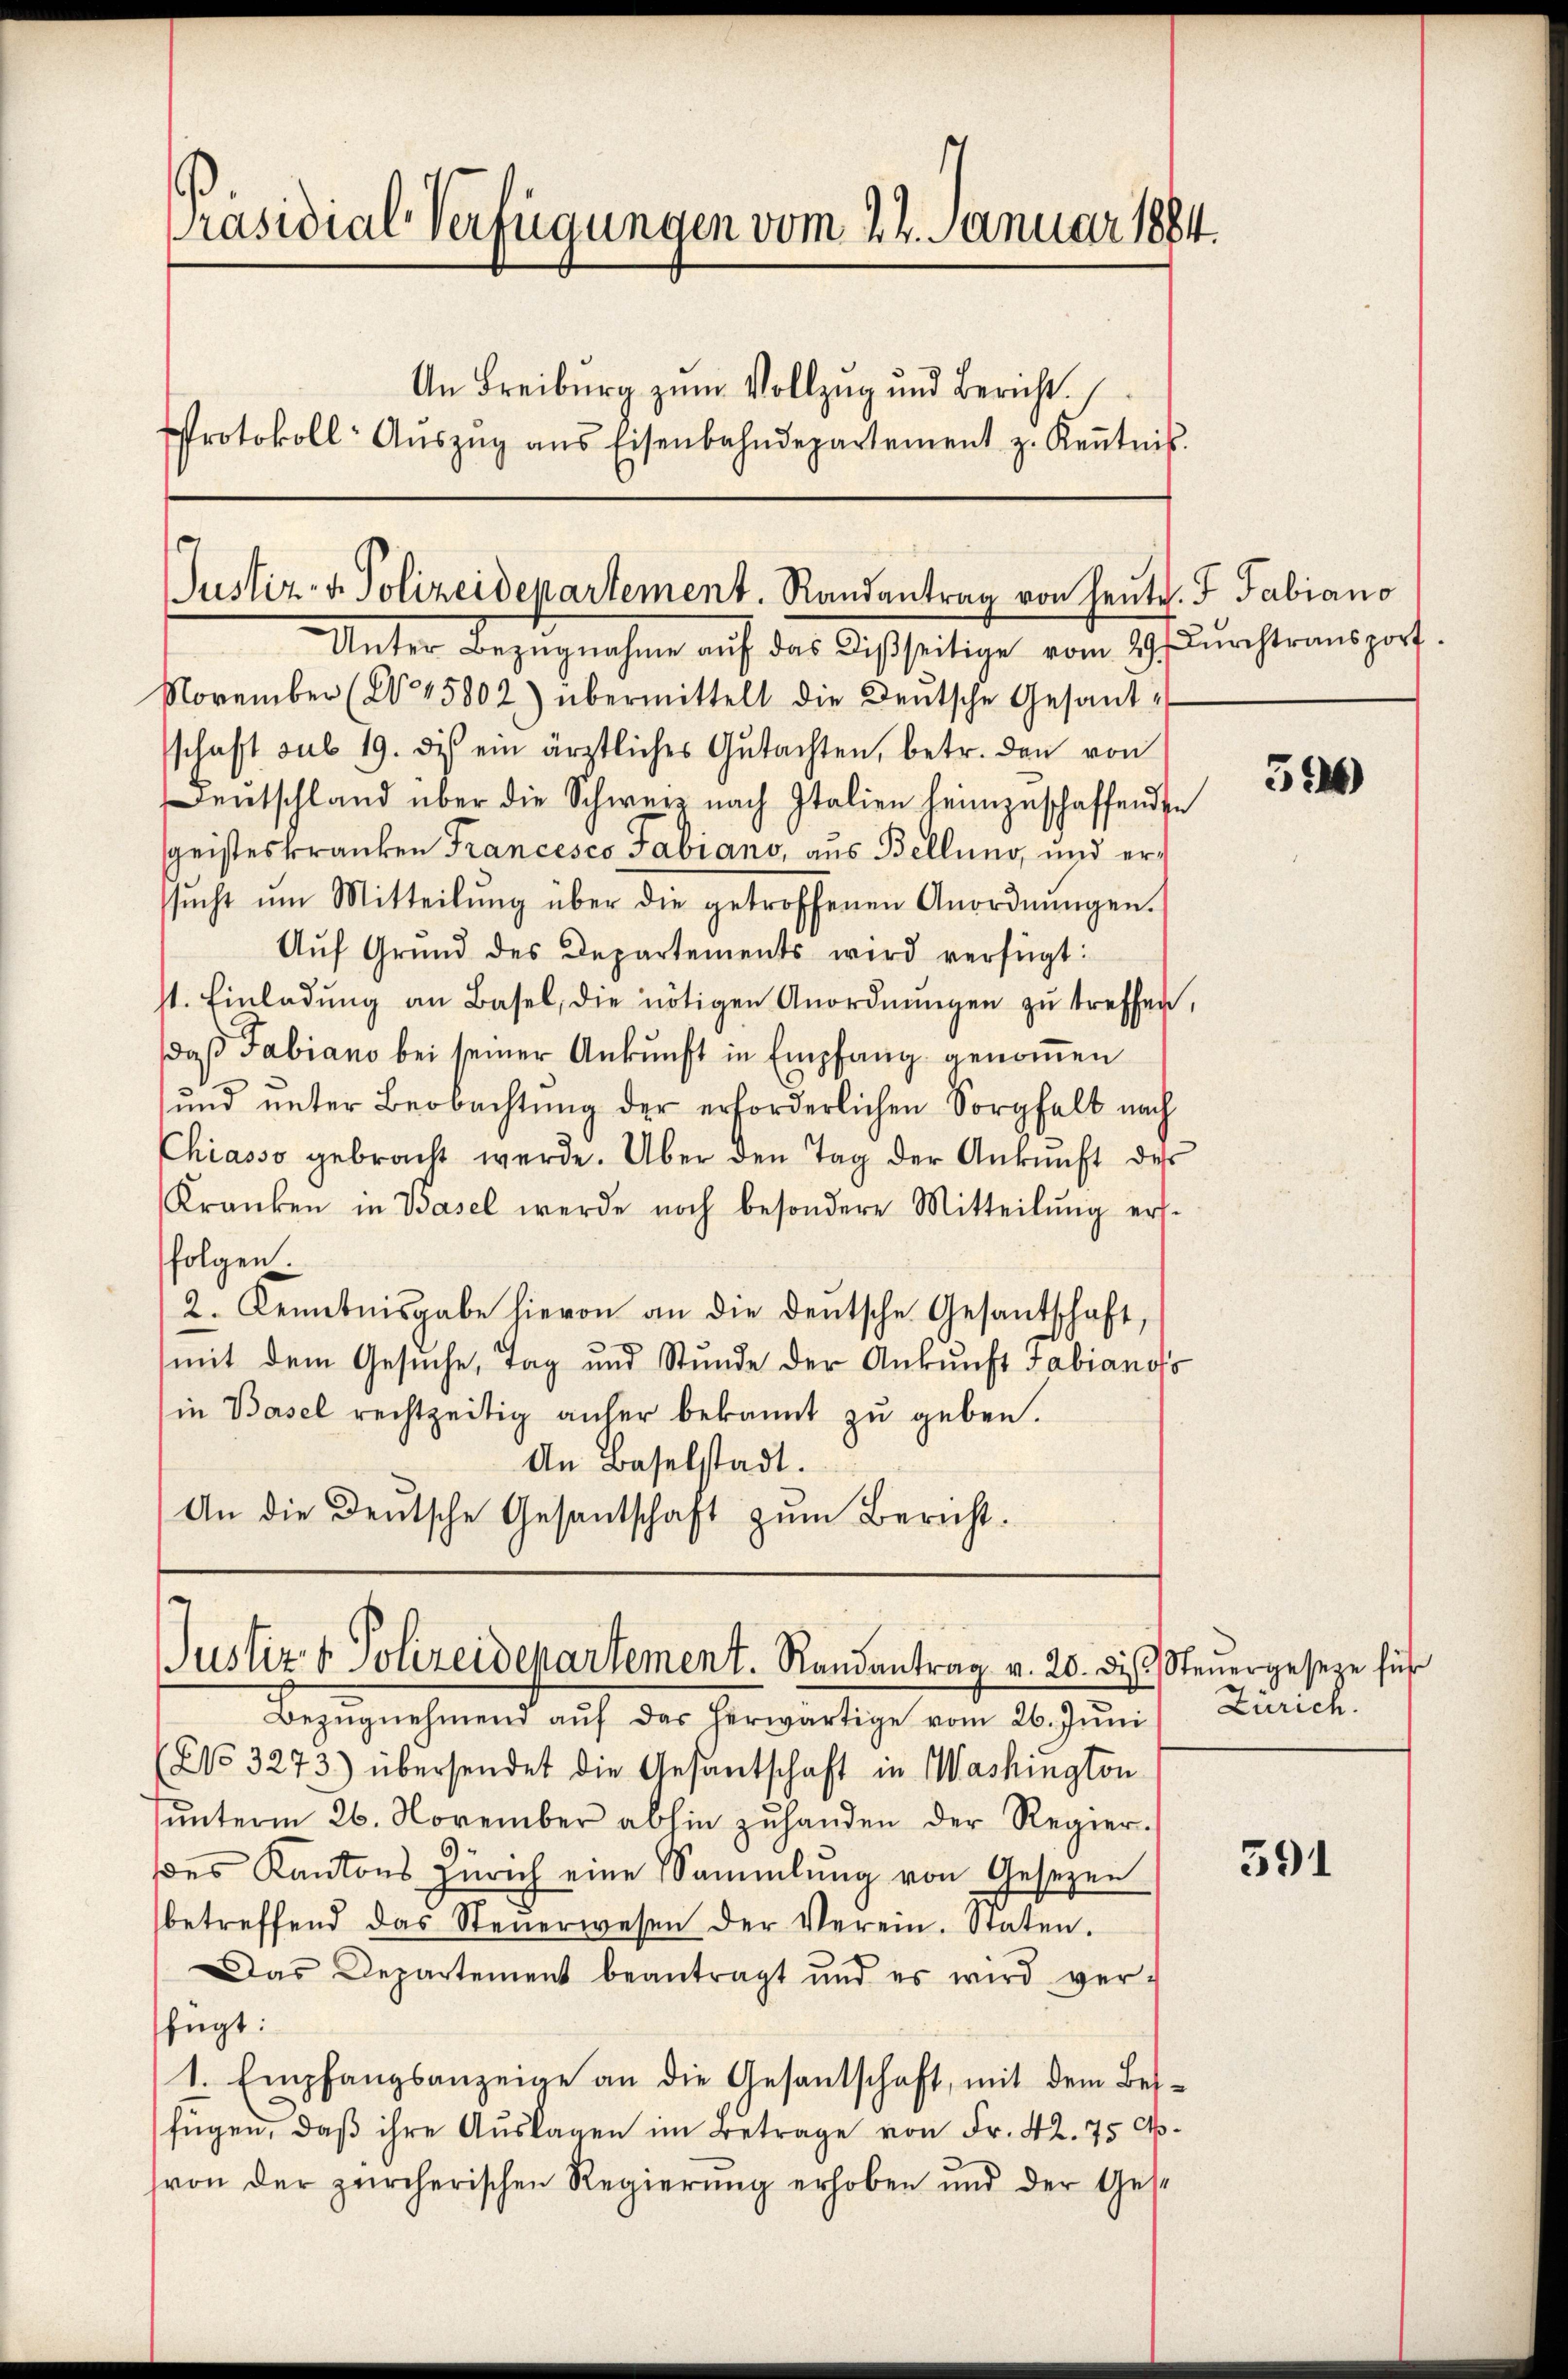
Präsidial-Verfügungen vom 22. Januar 1884.
An Freiburg zum Vollzug und Bericht.
Protokoll- Aŭszŭg ans Eisenbahndepartement z. Keṅtnis.

Justiz- u. Polizeidepartement. Randantrag von Heute. F Fabiano

Unter Bezugnahme auf das Disseitige vom 29. Durchtransport.
November (§ 45802) übermittelt die Deutsche Gesandschaft sub 19. dis ein ärztliches Gutachten, betr. den von
entschland über die Schwerz nach Italien heimzuschaffenden
sgeisteskranken Francesco Fabiano, aus Bellung, und erssŭcht ŭm Mitteilŭng über die getroffenen Anordnŭngen.
Aŭf Grŭnd des Departements wird verfügt:
st. Einladŭng an Basel, die nötigen Anordnŭngen zŭ treffen,
daß Fabiano bei seiner Ankunft in Empfang genommen
und unter Beobachtung der erforderlichen Sorgfalt nach
Chiasso gebracht werde. Über den Tag der Ankunft des
Kranken in Basel werde noch besondere Mitteilŭng ers-
folgen
2. Kenntnisgabe hievon an die deutsche Gesantschaft,
mit dem Gesuche, Tag und Stunde der Ankunft Fabianofs
(in Basel rechtzeitig anher bekannt zŭ geben.
An Baselstadt.
An die Deutsche Gesantschaft zŭm Bericht.

Justiz & Polizeidepartement. Randantrag v. 20. 8.

Bezugnahmend auf der herwärtige vom 2. Juni
(No. 3273) übersendet die Gesantschaft in Washington
ŭnterm 26. November abhin zŭ handen der Regier-
des Kantons Zürich eine Sammlung von Gesezen
betreffend das Steŭerwesen der Verein. Staten.
Das Departement beantragt und es wird ver-
fügt:
1. Empfangsanzeige an die Gesantschaft, mit dem Besfügen, daβ ihre Aŭslagen im Betrage von Fr. 42. 75 Ak¬
(von der zürcherischen Regierŭng erhoben und der Gese

516)

Steŭergeseze für
Zürich.

591